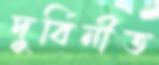
দুর্বিনীত